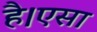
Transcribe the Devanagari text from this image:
है।एसा